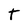
Character: T